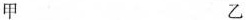
甲 乙